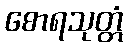
စောရသုတ္တံ